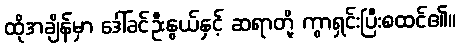
ထိုအချိန်မှာ ဒေါ်ခင်ဦးနွယ်နှင့် ဆရာတို့ ကွာရှင်းပြီးစထင်၏။